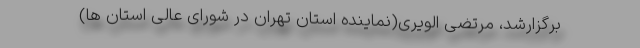
برگزارشد، مرتضی الویری(نماینده استان تهران در شورای عالی استان ها)